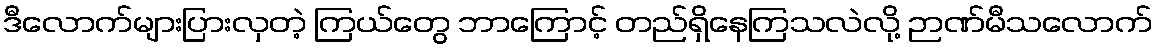
ဒီလောက်များပြားလှတဲ့ ကြယ်တွေ ဘာကြောင့် တည်ရှိနေကြသလဲလို့ ဉာဏ်မီသလောက်